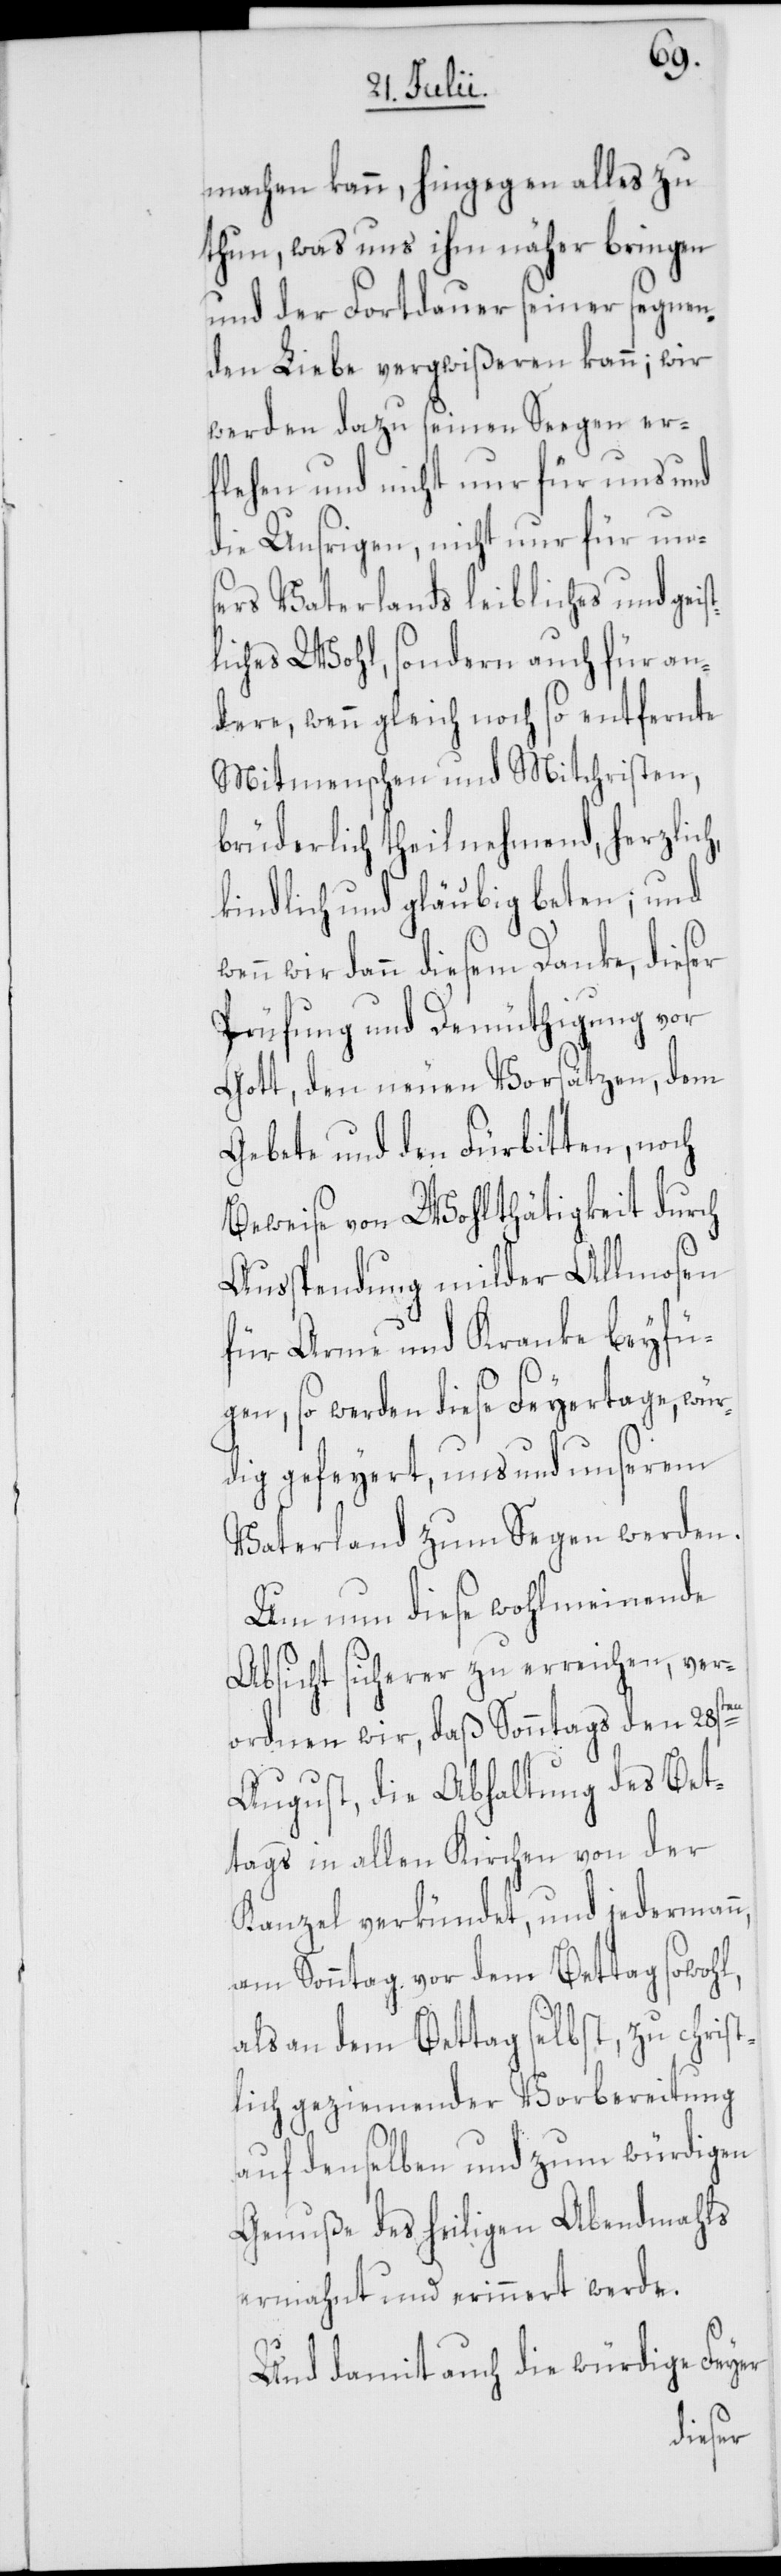
machen kann, hingegen alles zu
thun, was uns ihm näher bringen
und der Fortdauer seiner segnen¬
den Liebe vergwißeren kann; wir
werden dazu seinen Seegen er¬
flehen und nicht nur für uns und
die Unsrigen, nicht nur für un¬
sers Vaterlands leibliches und geis¬
tliches Wohl, sondern auch für an¬
dere, wenn gleich noch so entfernte
Mitmenschen und Mitchristen,
brüderlich theilnehmend, herzlich,
kindlich und gläubig beten; und
wir dann diesem Danke, dieser
Prüfung und Demüthigung vor
Gott, den neuen Vorsätzen, dem
Gebete und den Fürbitten, noch
Beweise von Wohlthätigkeit durch
Ausspendung milder Allmosen
für Arme und Kranke beyfü¬
gen, so werden diese Feyertage, wür¬
dig gefeyert, uns und unserem
Vaterlande zum Segen werden.
Um nun diese wohlmeinende
Absicht sicherer zu erreichen, ver¬
n,
ordnen wir, daß Sonntags den 28s¬
August, die Abhaltung des Bet¬
tags in allen Kirchen von der
Kanzel verkündet, und jederman¬
am Sonntag vor dem Bettag sowohl,
als an dem Bettag selbst, zu christ¬
lich geziemender Vorbereitung
auf denselben und zum würdigen
Genuße des heiligen Abendmahls
ermahnt und erinnert werde.
Und damit auch die würdige Feyer